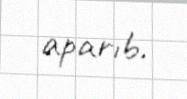
aparıb.